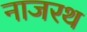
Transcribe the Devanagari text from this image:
नाजरथ